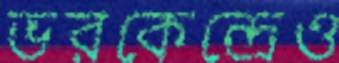
ভরকেন্দ্রেও